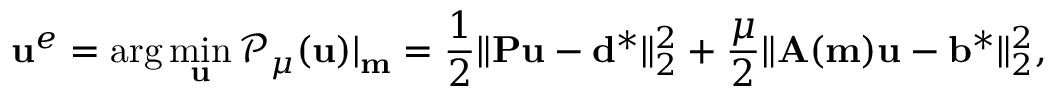
\mathbf { u } ^ { e } = \mathrm { a r g } \operatorname* { m i n } _ { \mathbf { u } } \mathcal { P } _ { \mu } ( \mathbf { u } ) | _ { \mathbf { m } } = \frac { 1 } { 2 } \| \mathbf { P } \mathbf { u } - \mathbf { d } ^ { * } \| _ { 2 } ^ { 2 } + \frac { \mu } { 2 } \| \mathbf { A } ( \mathbf { m } ) \mathbf { u } - \mathbf { b } ^ { * } \| _ { 2 } ^ { 2 } ,